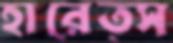
হারেত্স